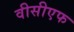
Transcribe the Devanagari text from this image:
वीसीएफ